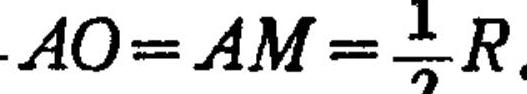
\(AO = AM=\frac{1}{2}R\).